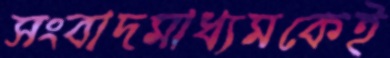
সংবাদমাধ্যমকেই